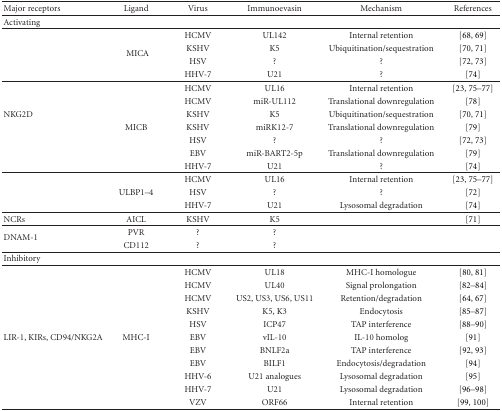
<table><thead><tr><td><b>Major receptors</b></td><td><b>Ligand</b></td><td><b>Virus</b></td><td><b>Immunoevasin</b></td><td><b>Mechanism</b></td><td><b>References</b></td></tr></thead><tbody><tr><td>Activating</td><td></td><td></td><td></td><td></td><td></td></tr><tr><td></td><td rowspan="4">MICA</td><td>HCMV</td><td>UL142</td><td>Internal retention</td><td>[68, 69]</td></tr><tr><td></td><td>KSHV</td><td>K5</td><td>Ubiquitination/sequestration</td><td>[70, 71]</td></tr><tr><td></td><td>HSV</td><td>?</td><td>?</td><td>[72, 73]</td></tr><tr><td></td><td>HHV-7</td><td>U21</td><td>?</td><td>[74] </td></tr><tr><td></td><td></td><td>HCMV</td><td>UL16</td><td>Internal retention</td><td>[23, 75–77]</td></tr><tr><td></td><td></td><td>HCMV</td><td>miR-UL112</td><td>Translational downregulation</td><td>[78]</td></tr><tr><td>NKG2D</td><td></td><td>KSHV</td><td>K5</td><td>Ubiquitination/sequestration</td><td>[70, 71]</td></tr><tr><td></td><td>MICB</td><td>KSHV</td><td>miRK12-7</td><td>Translational downregulation</td><td>[79]</td></tr><tr><td></td><td></td><td>HSV</td><td>?</td><td>?</td><td>[72, 73]</td></tr><tr><td></td><td></td><td>EBV</td><td>miR-BART2-5p</td><td>Translational downregulation</td><td>[79]</td></tr><tr><td></td><td></td><td>HHV-7</td><td>U21</td><td>?</td><td>[74] </td></tr><tr><td></td><td></td><td>HCMV</td><td>UL16</td><td>Internal retention</td><td>[23, 75–77]</td></tr><tr><td></td><td>ULBP1–4</td><td>HSV</td><td>?</td><td>?</td><td>[72]</td></tr><tr><td></td><td></td><td>HHV-7</td><td>U21</td><td>Lysosomal degradation</td><td>[74] </td></tr><tr><td>NCRs</td><td>AICL</td><td>KSHV</td><td>K5</td><td></td><td>[71] </td></tr><tr><td rowspan="2">DNAM-1</td><td>PVR</td><td>?</td><td>?</td><td></td><td></td></tr><tr><td>CD112</td><td>?</td><td>?</td><td></td><td></td></tr><tr><td>Inhibitory</td><td></td><td></td><td></td><td></td><td></td></tr><tr><td></td><td></td><td>HCMV</td><td>UL18</td><td>MHC-I homologue</td><td>[80, 81]</td></tr><tr><td></td><td></td><td>HCMV</td><td>UL40</td><td>Signal prolongation</td><td>[82–84]</td></tr><tr><td></td><td></td><td>HCMV</td><td>US2, US3, US6, US11</td><td>Retention/degradation</td><td>[64, 67]</td></tr><tr><td></td><td></td><td>KSHV</td><td>K5, K3</td><td>Endocytosis</td><td>[85–87]</td></tr><tr><td></td><td></td><td>HSV</td><td>ICP47</td><td>TAP interference</td><td>[88–90]</td></tr><tr><td>LIR-1, KIRs, CD94/NKG2A</td><td>MHC-I</td><td>EBV</td><td>vIL-10</td><td>IL-10 homolog</td><td>[91]</td></tr><tr><td></td><td></td><td>EBV</td><td>BNLF2a</td><td>TAP interference</td><td>[92, 93]</td></tr><tr><td></td><td></td><td>EBV</td><td>BILF1</td><td>Endocytosis/degradation</td><td>[94]</td></tr><tr><td></td><td></td><td>HHV-6</td><td>U21 analogues</td><td>Lysosomal degradation</td><td>[95]</td></tr><tr><td></td><td></td><td>HHV-7</td><td>U21</td><td>Lysosomal degradation</td><td>[96–98]</td></tr><tr><td></td><td></td><td>VZV</td><td>ORF66</td><td>Internal retention</td><td>[99, 100]</td></tr></tbody></table>